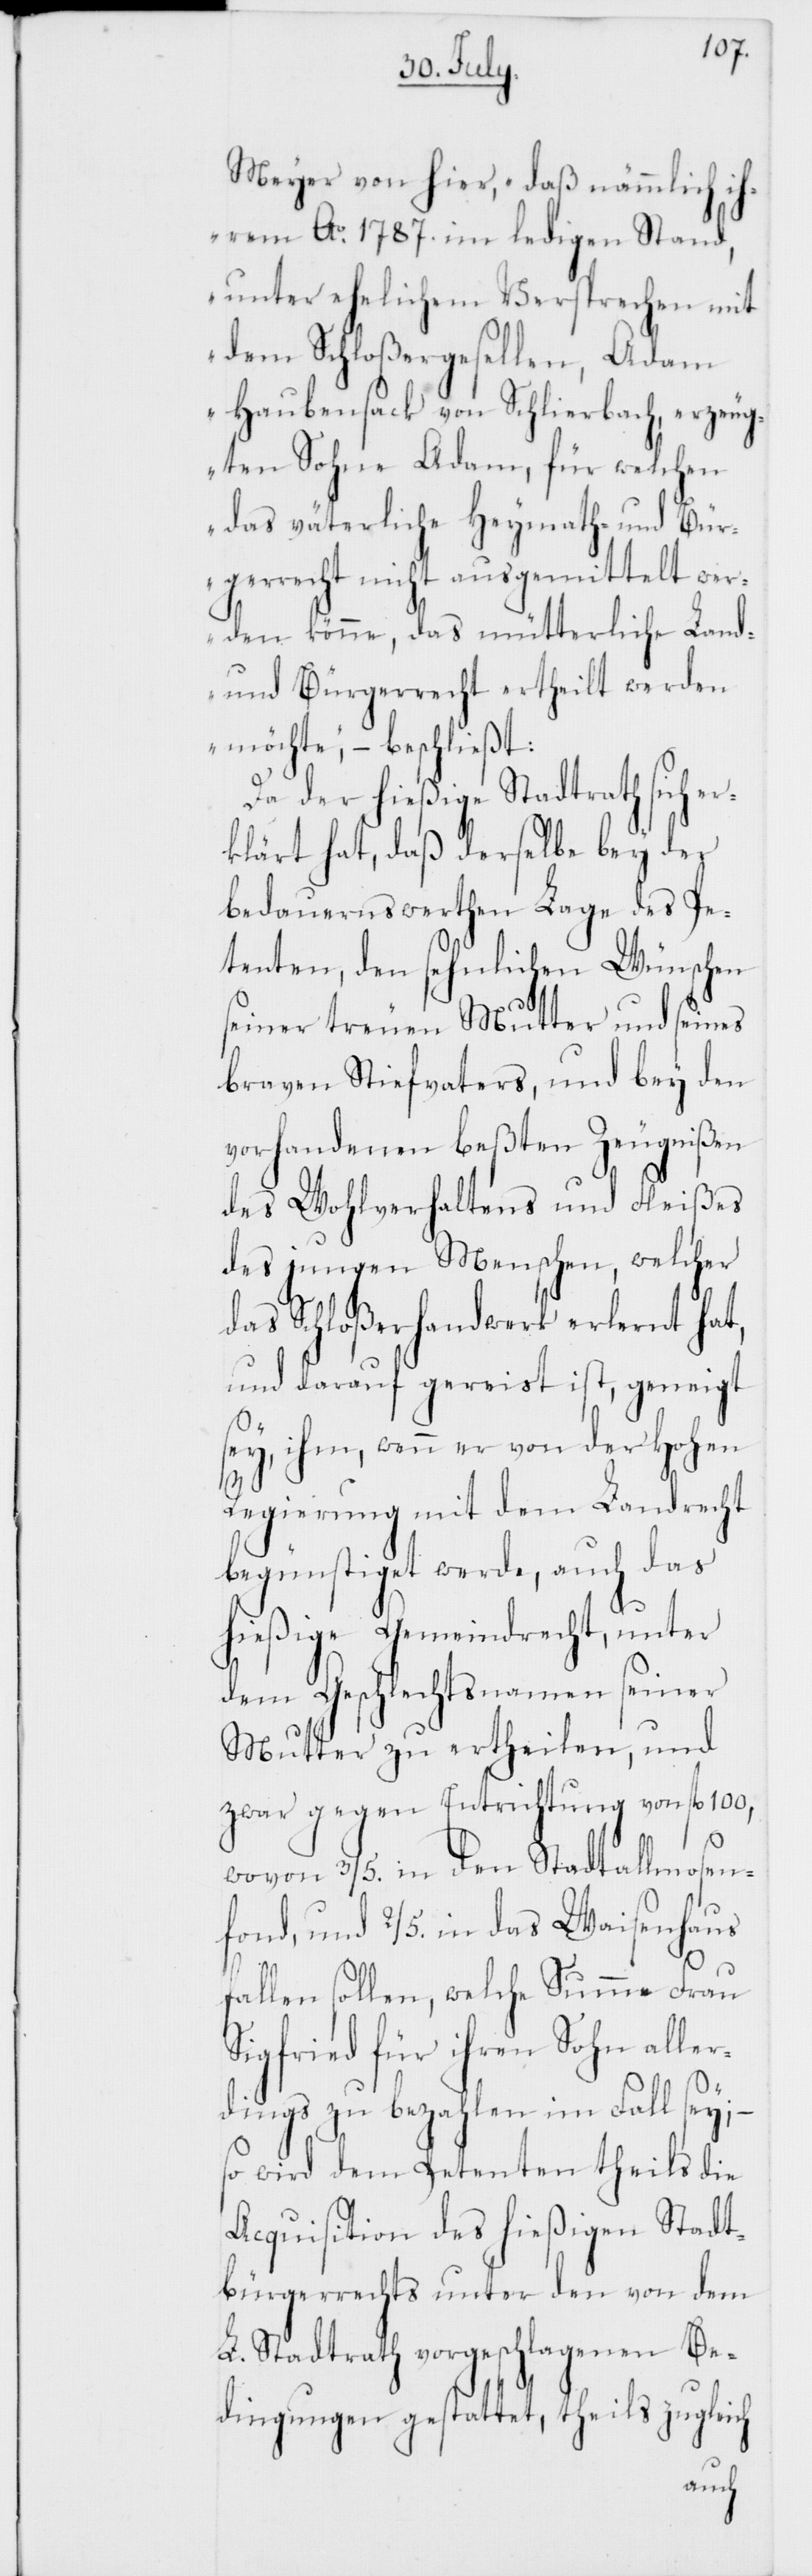
Meyer von hier, „daß nämmlich
ihrem Ao 1787. im ledigen Stand,
unter ehelichem Versprechen mit
dem Schloßergesellen, Adam
Haubensack von Schlierbach, erzeug¬
ten Sohne Adam, für welchen
das väterliche Heymath- und Bür¬
gerrecht nicht ausgemittelt wer¬
den könne, das mütterliche Land-
und Bürgerrecht ertheilt werden
möchte,“ – beschließt:
Da der hießige Stadtrath sich er¬
klärt hat, daß derselbe bey der
bedauernswerthen Lage des Pe¬
tenten, den sehnlichen Wünschen
seiner treuen Mutter und seines
braven Stiefvaters, und bey den
vorhandenen beßten Zeugnißen
des Wohlverhaltens und Fleißes
des jungen Menschen, welcher
das Schloßerhandwerk erlernt hat,
und darauf gereist ist, geneigt
sey, ihm, wenn er von der Hohen
S¬
Regierung mit dem Landrecht
begünstiget werde, auch das
hießige Gemeindrecht, unter
dem Geschlechtsnamen seiner
Mutter zu ertheilen, und
zwar gegen Entrichtung von fl.
wovon 3/5. in den Stadtallmosen¬
fond, und 2/5. in das Waisenhaus
fallen sollen, welche Summe Frau
igfried für ihren Sohn alle¬
rdings zu bezahlen im Fall sey;
so wird dem Petenten theils die
Acquisition des hießigen Statd¬
bürgerrechts unter den von dem
L. Stadtrath vorgeschlagenen Be¬
dingungen gestattet, theils zuglei¬
ch